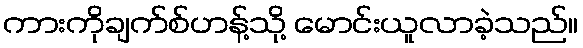
ကားကိုချက်စ်ဟန့်သို့ မောင်းယူလာခဲ့သည်။